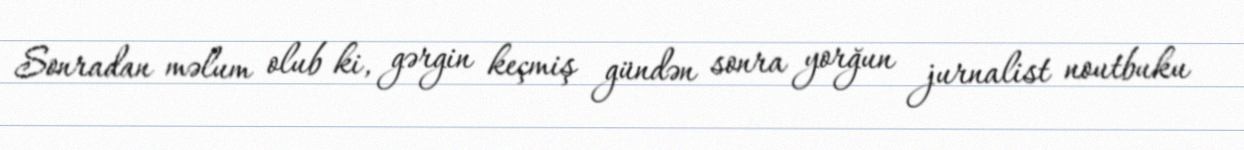
Sonradan məlum olub ki, gərgin keçmiş gündən sonra yorğun jurnalist noutbuku